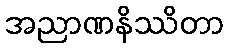
အညာဏနိဿိတာ